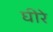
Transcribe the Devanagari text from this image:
घीरे